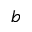
b